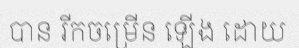
បាន រីកចម្រើន ឡើង ដោយ